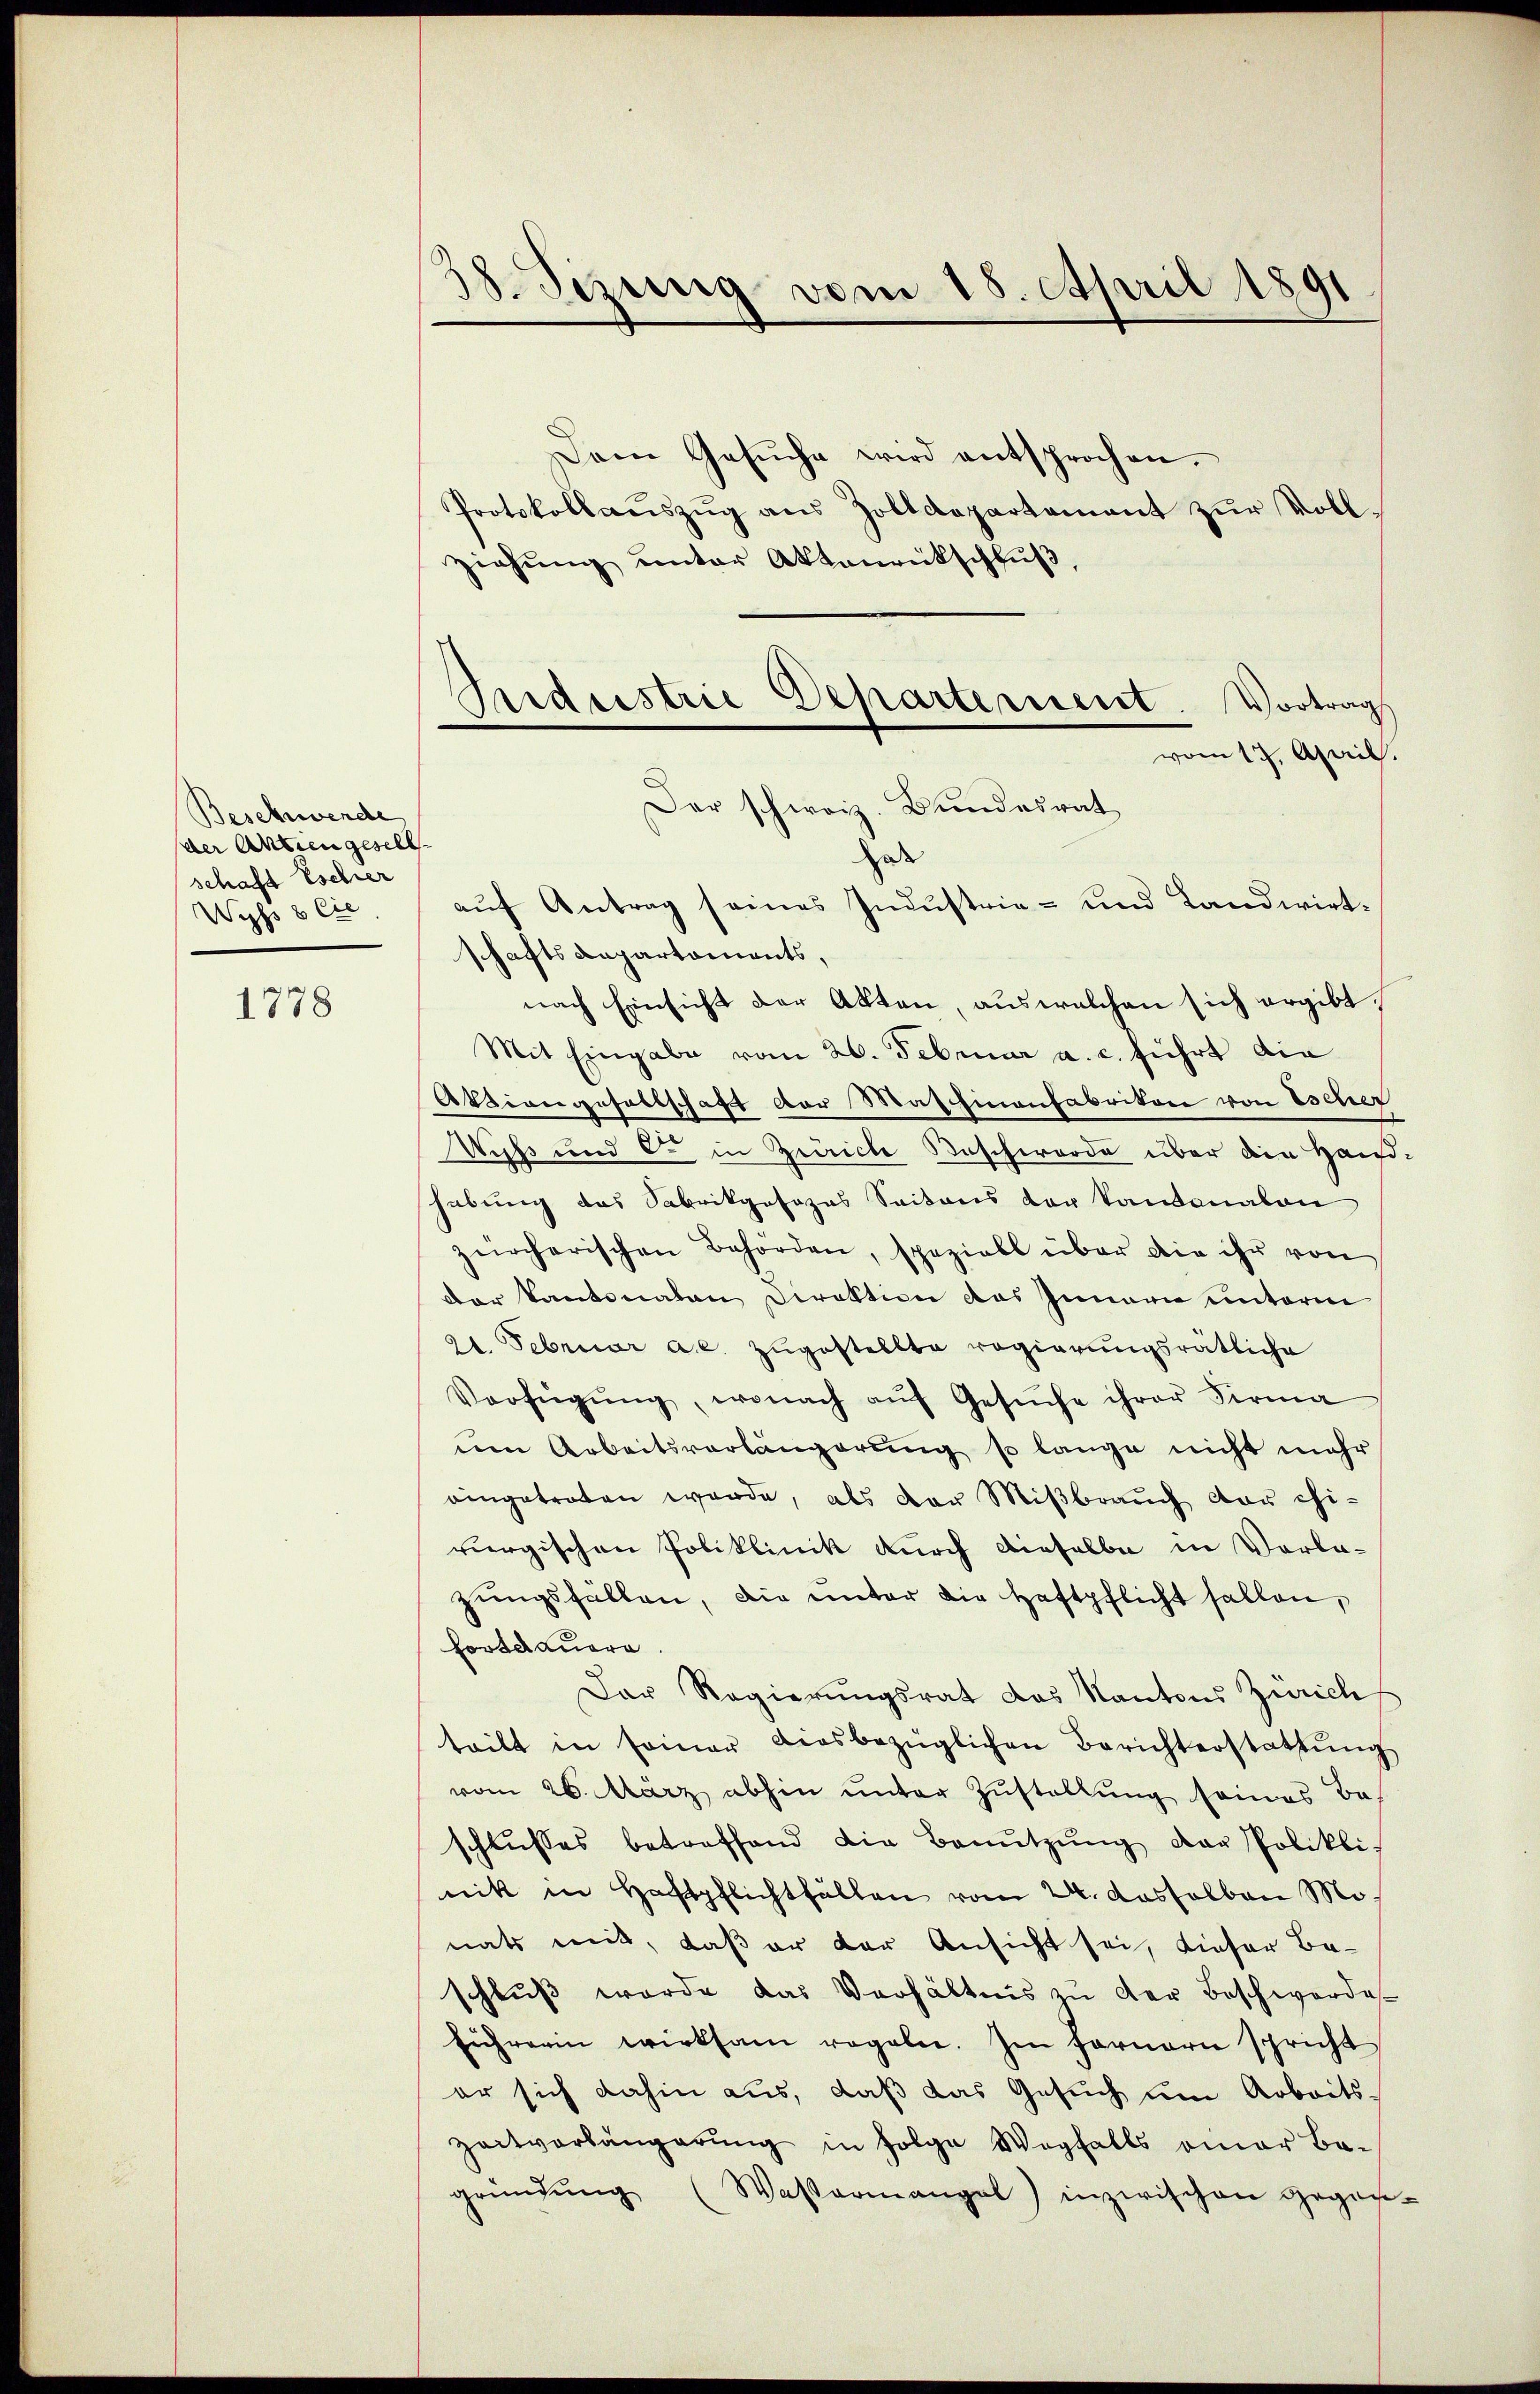
Beschwende
der Aktien gesell
schaft Escher
Wyss 8 Cie

1778

38. Sizung vom 18. April 1891

Dem Gesŭche wird entsprochen.
Protokollaŭszŭg aŭs Zolldepartement zŭr Voll-
ziehŭng ŭnter Aktenrückschlŭβ
vom 17. April.
Geb
auf Antrag seines Industrie- und Landwirtschaftsdepartaments,
nach Einsicht der Akten, aus welchen sich ergibt,
Mit Eingabe vom 26. Februar a. c. führt die
Aktiengesellschaft der Maschinenfabrikon von Escher
Wiß und den in Zürich Beschwerde über die Hand-
habung das Sabrikgesezes Saitons der kantonalen
zürcherischen Behörden, speziell über die ihr von
der Kantonalen Direktion des Innern unterm
21. Februar a.c. zugestellte regierungsrätliche
Verfügŭng, wonach aŭf Gesŭche ihrer Firma
nen Arbeitsvorlängerung so lange nicht mehr
eingetreten werde, als der Miβbraŭch der chi-
rurgischen Poliklinik durch dieselbe in Vorla-
zungsfällen, die unter die Haftpflicht fallen,
Fortdauere.
Der Regierungsrat das Kantons Zürich
teilt in seiner diesbezüglichen Berichterstattŭng
vom 26. März abhin unter Zustellung seines Be-
schlŭsses betreffend die Benŭtzŭng der Polikli-
nik in Haftpflichtfällen vom 24. Dasselben M
nats mit, daß er der Ansicht sei, dieser Be-
schluß wurde das Verhältnis zu der Beschwerde
führerin wirksam regeler. Im fernern spricht
er sich dahin aus, daβ das Gesŭch ŭm Arbeits-
zeitvorlängerŭng in Folge Wegfalls einer Be-
gründŭng (Wassermangel inzwischen Gegen-

Industrie Departement. Vortrags
Der schweiz. Bundesrat